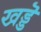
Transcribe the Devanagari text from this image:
खड्डॆ